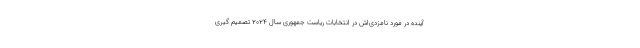
آینده در مورد نامزدی‌اش در انتخابات ریاست جمهوری سال ۲۰۲۴ تصمیم گیری